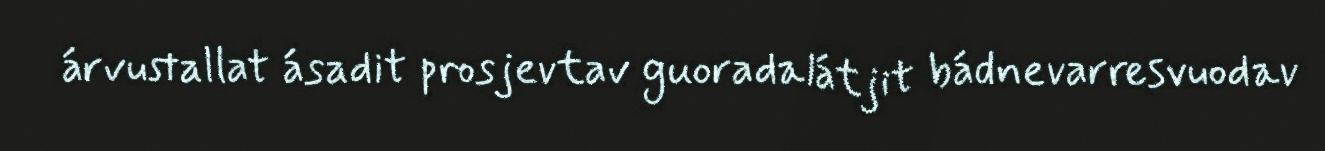
árvustallat ásadit prosjevtav guoradalátjit bádnevarresvuodav